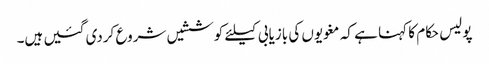
پولیس حکام کا کہنا ہے کہ مغویوں کی بازیابی کیلئے کوششیں شروع کردی گئیں ہیں۔